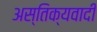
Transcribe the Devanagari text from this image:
अस्तिक्यवादी